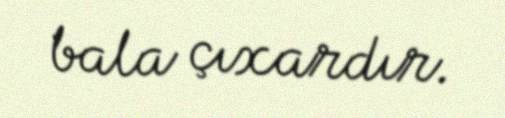
bala çıxardır.